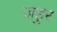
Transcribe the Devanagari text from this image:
जहुर